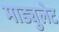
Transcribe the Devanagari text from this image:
माड्युलेट